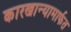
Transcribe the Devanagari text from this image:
कारखान्यामार्फत